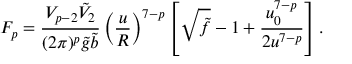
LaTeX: F _ { p } = \frac { V _ { p - 2 } \tilde { V } _ { 2 } } { ( 2 \pi ) ^ { p } \tilde { g } \tilde { b } } \left( \frac { u } { R } \right) ^ { 7 - p } \left[ \sqrt { \tilde { f } } - 1 + \frac { u _ { 0 } ^ { 7 - p } } { 2 u ^ { 7 - p } } \right] .